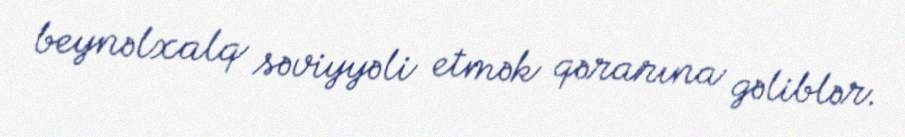
beynəlxalq səviyyəli etmək qərarına gəliblər.